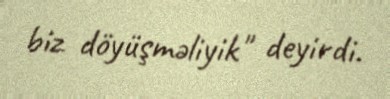
biz döyüşməliyik" deyirdi.